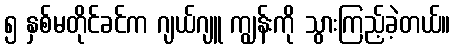
၅ နှစ်မတိုင်ခင်က ဂျယ်ဂျူ ကျွန်းကို သွားကြည့်ခဲ့တယ်။